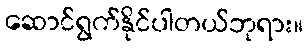
ဆောင်ရွက်နိုင်ပါတယ်ဘုရား။